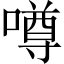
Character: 噂